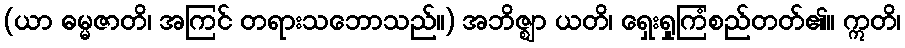
(ယာ ဓမ္မဇာတိ၊ အကြင် တရားသဘောသည်။) အဘိဇ္ဈာ ယတိ၊ ရှေးရှုကြံစည်တတ်၏။ ဣတိ၊